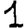
Digit: 1